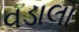
વડાલા